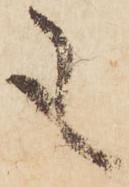
も